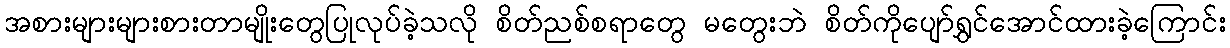
အစားများများစားတာမျိုးတွေပြုလုပ်ခဲ့သလို စိတ်ညစ်စရာတွေ မတွေးဘဲ စိတ်ကိုပျော်ရွှင်အောင်ထားခဲ့ကြောင်း